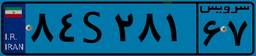
۸۴S۲۸۱۶۷